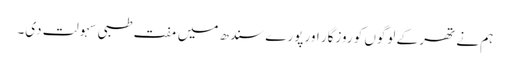
ہم نے تھر کے لوگوں کو روزگار اور پورے سندھ میں مفت طبی سہولت دی۔